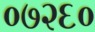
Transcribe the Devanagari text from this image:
०७२६०